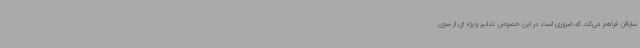
سارقان فراهم می‌کند که ضروری است در این خصوص تدابیر ویژه ای از سوی